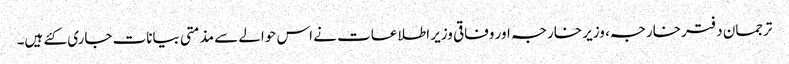
ترجمان دفتر خارجہ، وزیر خارجہ اور وفاقی وزیر اطلاعات نے اس حوالے سے مذمتی بیانات جاری کئے ہیں۔